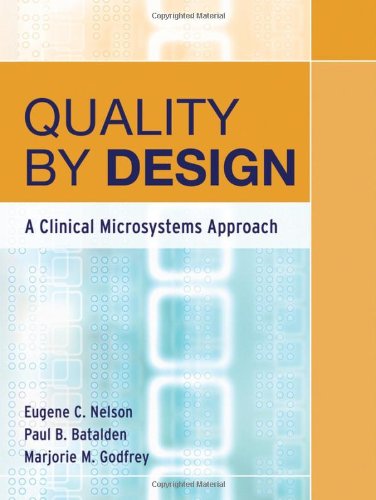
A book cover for Quality By Design: A Clinical Microsystems Approach; Medical Books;